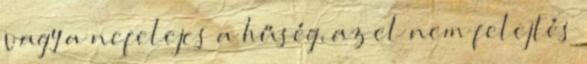
vagy a nefelejcs a hűség, az el nem felejtés